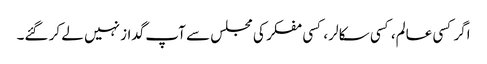
اگر کسی عالم، کسی سکالر ، کسی مفکر کی مجلس سے آپ گداز نہیں لے کر گئے۔